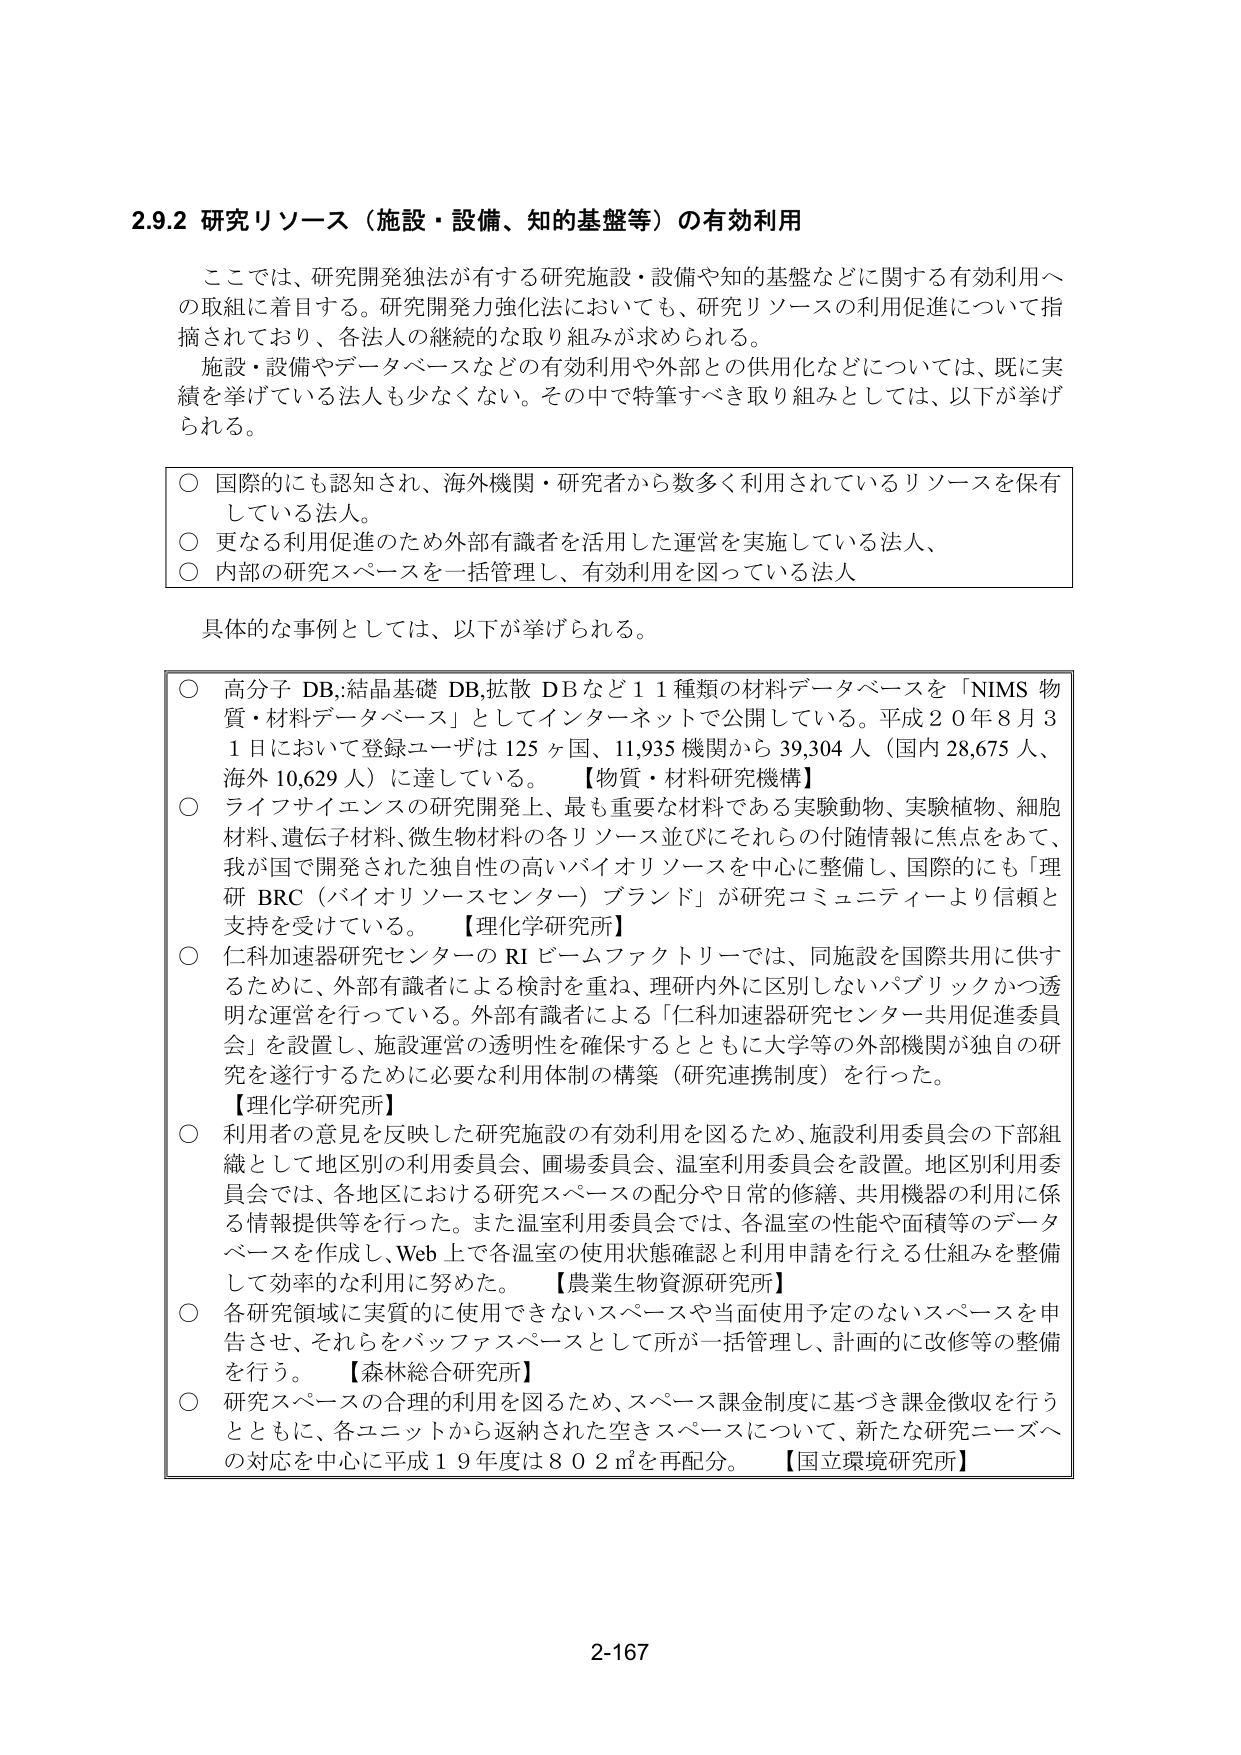
2.9.2 研究リソース（施設・設備、知的基盤等）の有効利用

ここでは、研究開発法が有する研究施設・設備や知的基盤などに関する有効利用への取組に着目する。研究開発力強化法においても、研究リソースの利用促進について指摘されており、各法人の継続的な取り組みが求められる。

施設・設備やデータベースなどの有効利用や外部との供用化などについては、既に実績を挙げている法人も少なくない。その中で特筆すべき取り組みとしては、以下が挙げられる。

○ 国際的にも認知され、海外機関・研究者から数多く利用されているリソースを保有している法人。
○ 更なる利用促進のため外部有識者を活用した運営を実施している法人、
○ 内部の研究スペースを一括管理し、有効利用を図っている法人

具体的な事例としては、以下が挙げられる。

○ 高分子 DB、結晶基礎 DB、拡散 DB など 11 種類の材料データベースを「NIMS 物質・材料データベース」としてインターネットで公開している。平成 20 年 8 月 31 日において登録ユーザは 125 ヶ国、11,935 機関から 39,304 人（国内 28,675 人、海外 10,629 人）に達している。【物質・材料研究機構】
○ ライフサイエンスの研究開発上、最も重要な材料である実験動物、実験植物、細胞材料、遺伝子材料、微生物材料の各リソース並びにそれらの付随情報を焦点をあて、我が国で開発された独自性の高いバイオリソースを中心に整備し、国際的にも「理研 BRC（バイオリソースセンター）ブランド」が研究コミュニティーより信頼と支持を受けている。【理化学研究所】
○ 仁科加速器研究センターの RI ビームファクトリーでは、同施設を国際共用に供するために、外部有識者による検討を重ね、理研内外に区別しないパブリックかつ透明な運営を行っている。外部有識者による「仁科加速器研究センター共用促進委員会」を設置し、施設運営の透明性を確保するとともに大学等の外部機関が独自の研究を遂行するために必要な利用体制の構築（研究連携制度）を行った。【理化学研究所】
○ 利用者の意見を反映した研究施設の有効利用を図るため、施設利用委員会の下部組織として地区別の利用委員会、圃場委員会、温室利用委員会を設置。地区別利用委員会では、各地区における研究スペースの配分や日常的修繕、共用機器の利用に係る情報提供等を行った。また温室利用委員会では、各温室の性能や面積等のデータベースを作成し、Web 上で各温室の使用状態確認と利用申請を行える仕組みを整備して効率的な利用に努めた。【農業生物資源研究所】
○ 各研究領域に実質的に使用できないスペースや当面使用予定のないスペースを申告させ、それをバッファスペースとして所が一括管理し、計画的に改修等の整備を行う。【森林総合研究所】
○ 研究スペースの合理的利用を図るため、スペース課金制度に基づき課金徴収を行うとともに、各ユニットから返納された空きスペースについて、新たな研究ニーズへの対応を中心に平成 19 年度は 802 ㎡を再配分。【国立環境研究所】

2-167